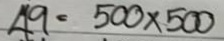
49 = 500 x 500